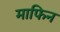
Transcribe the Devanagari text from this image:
माफिन